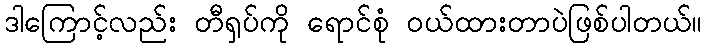
ဒါကြောင့်လည်း တီရှပ်ကို ရောင်စုံ ဝယ်ထားတာပဲဖြစ်ပါတယ်။